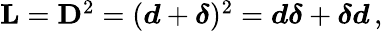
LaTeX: \begin{array}{r}{\mathbf{L}=\mathbf{D}^{2}=(\boldsymbol{d}+\boldsymbol{\delta})^{2}=\boldsymbol{d}\boldsymbol{\delta}+\boldsymbol{\delta}\boldsymbol{d}\, ,}\end{array}